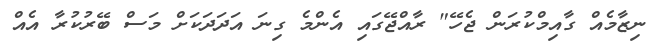
ނިޒާމެއް ގާއިމްކުރަން ޖެހޭ" ރާއްޖޭގައި އެންމެ ގިނަ އަދަދަކަށް މަސް ބޭރުކުރާ އެއް